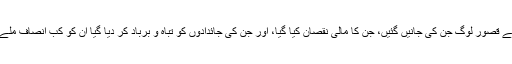
وہ بے قصور لوگ جن کی جانیں گئیں، جن کا مالی نقصان کیا گیا، اور جن کی جائدادوں کو تباہ و برباد کر دیا گیا ان کو کب انصاف ملے گا؟